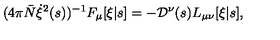
( 4 \pi { \bar { N } } \dot { \xi } ^ { 2 } ( s ) ) ^ { - 1 } F _ { \mu } [ \xi | s ] = - { \cal D } ^ { \nu } ( s ) L _ { \mu \nu } [ \xi | s ] ,